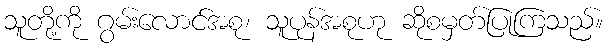
သူတို့ကို ဂွမ်းလောင်အစု၊ သူပုန်အစုဟု ဆိုစမှတ်ပြုကြသည်။